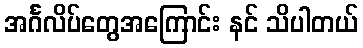
အင်္ဂလိပ်တွေအကြောင်း နင် သိပါတယ်